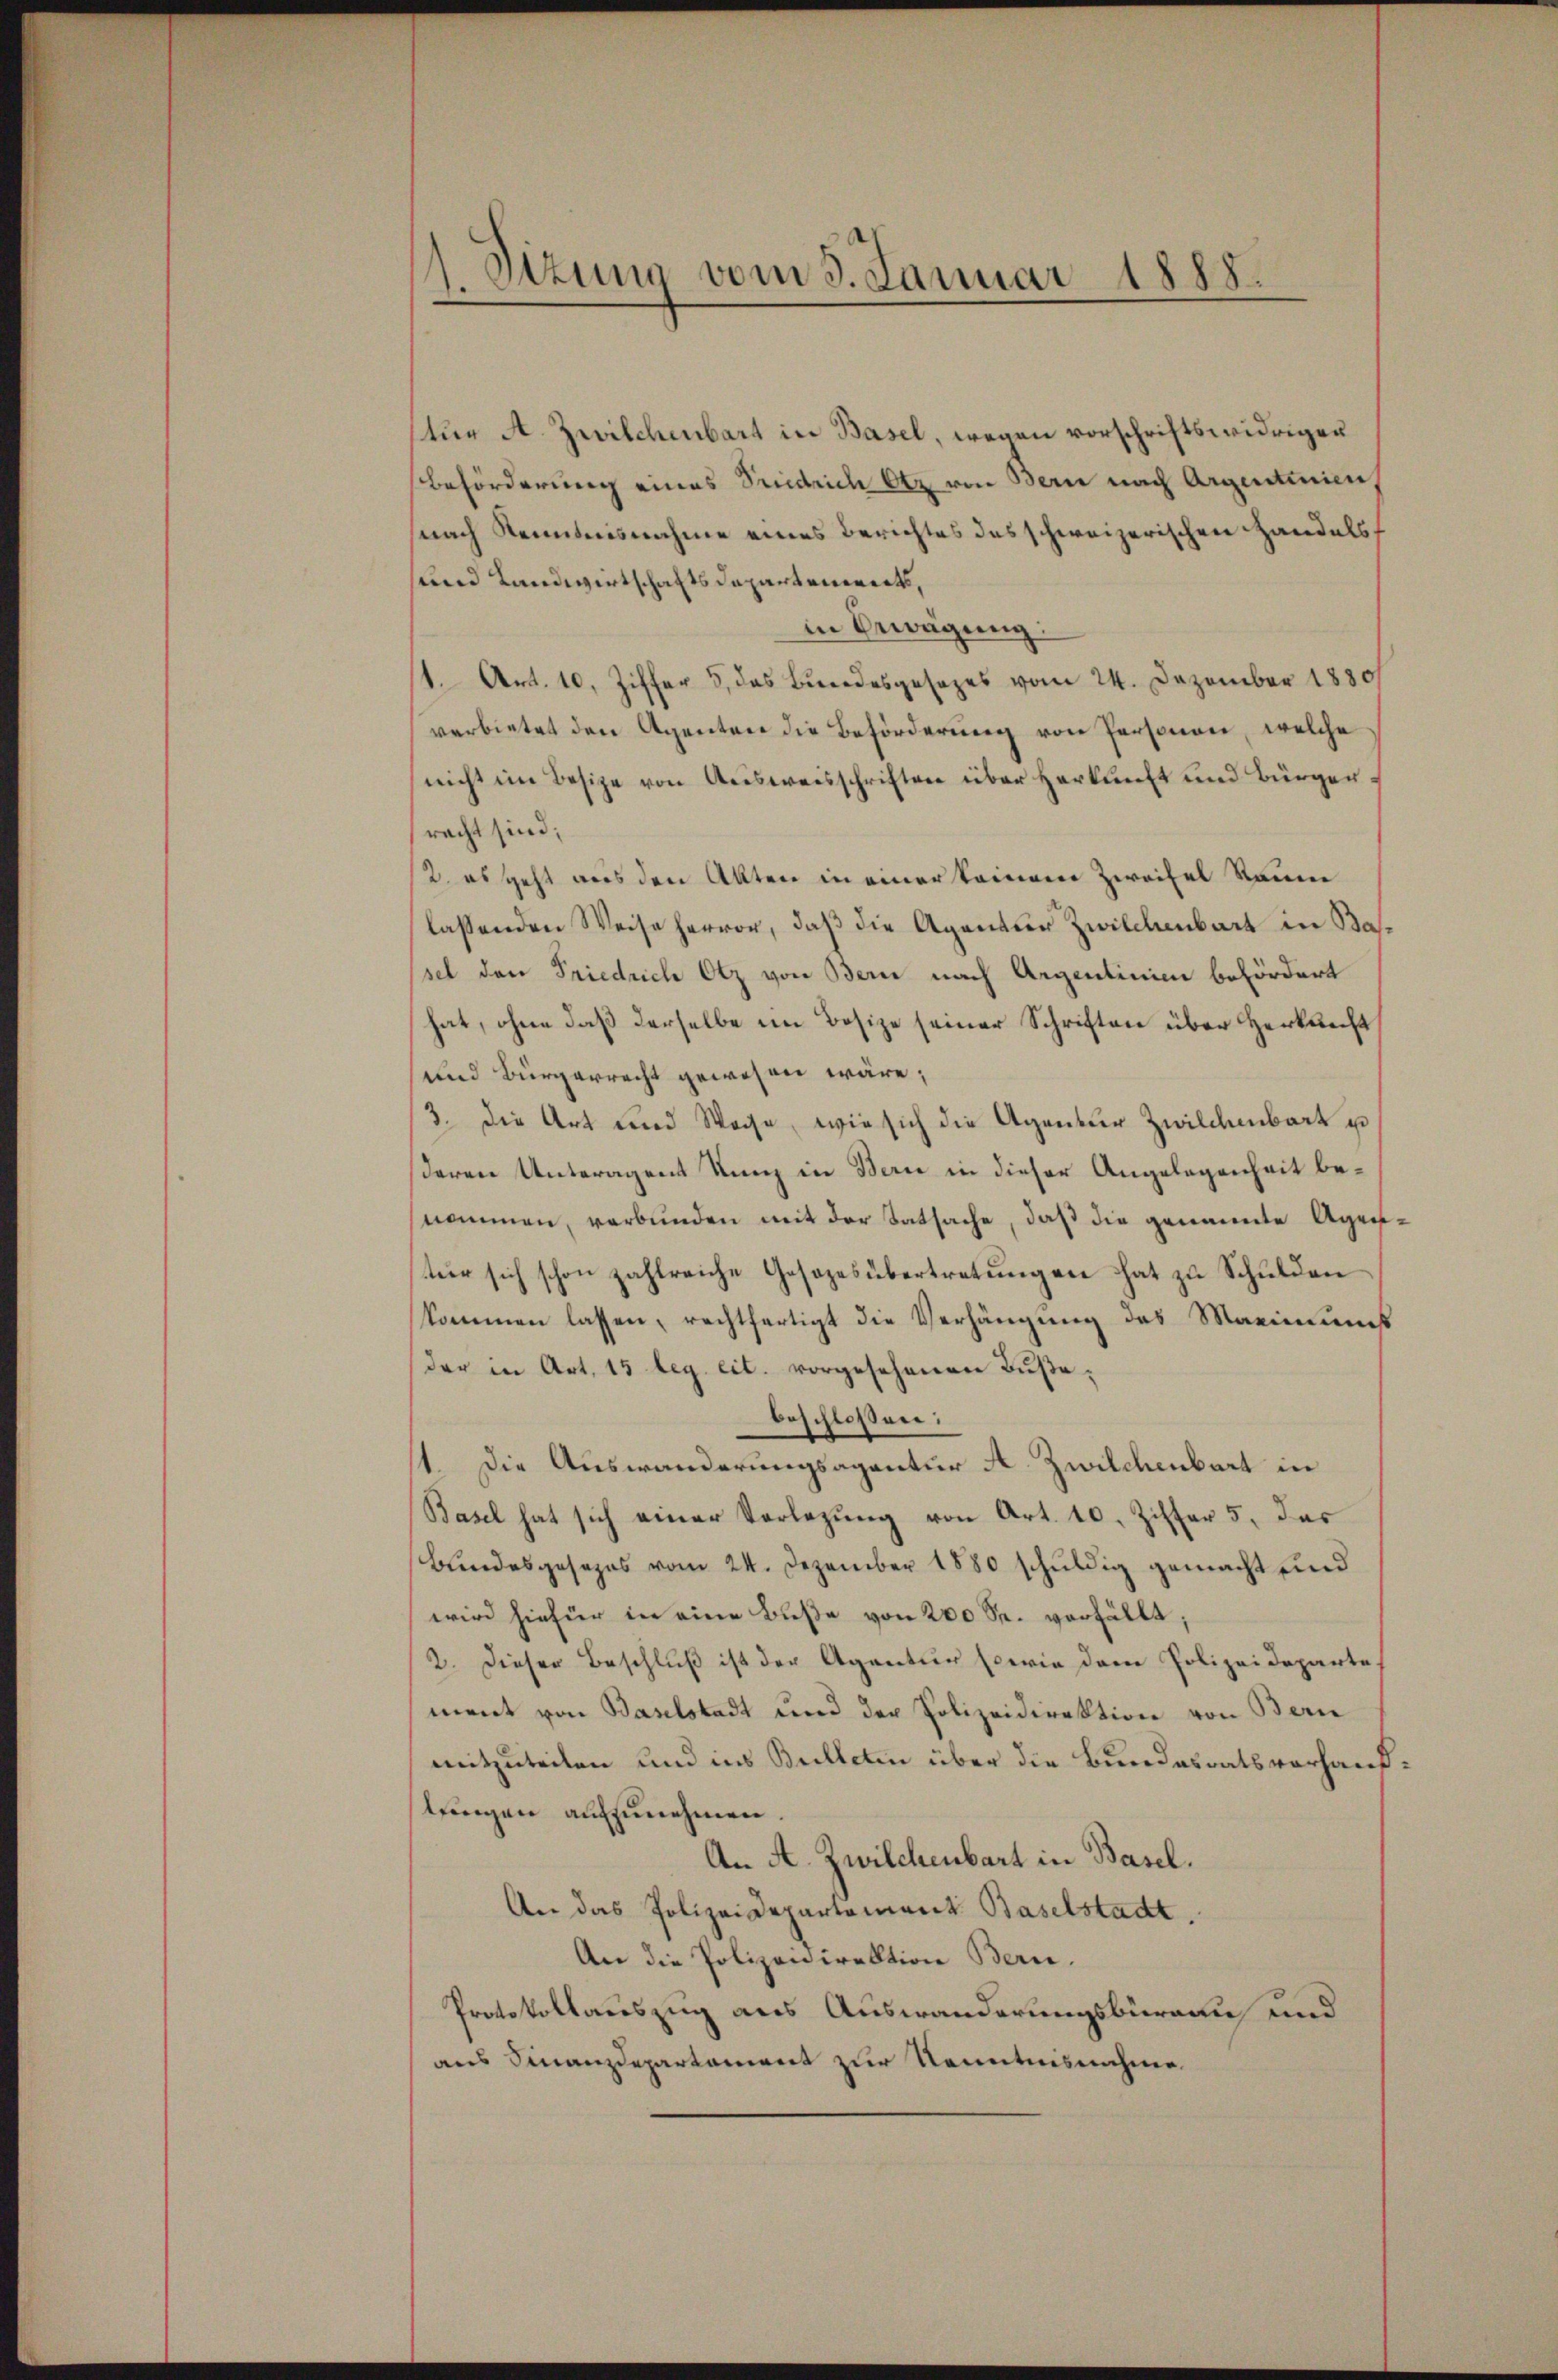
1. Sizung vom 3. Januar 1888.

tür A. Zwilchenbart in Basel, wegen vorschriftswidrigen
Beförderung eines Seiderich Otz von Bern nach Argentinien,
nach Kenntnisnahme eines Berichtes des schweizerischen Handelssund Landwirtschaftsdepartenwerts,
.
in Bewegung
/1. Art. 10. Ziffer 3, das Bundesgesezes vom 24. Dezember 1880
verbietet den Agenten die Beförderung von Personen, welche
nicht im Besize von Reisweisschriften über Herkunft und Bürger,
racht sind;
2. es geht aus den Akten in einer keinern Zweifel Raum
lassenden Weise hervor, daß die Agentier Zwilchenbart in Basel den Friedrich Otz von Bern nach Argentinie befördert
hat, ohne daß derselbe im Besize seiner Schriften über Herknecht
und Bürgerrecht gewesen wäre;
/3. die Art und Weise, wie sich die Agentur Zwilchenbart u
deren Unteragent Kunz in Bern in dieser Angelegenheit benommen, verbunden mit der Tatsache, daß die genannte Agentür sich schon zahlreiche Gesezesübertretungen hat zu Schulden
kommen lassen, rechtfertigt die Verhängung des Marinungs
der in Art. 15 leg. cit. vorgesehenen Bußebeschlossen:
1. Die Auswanderungsagentur A. Zwilchenbart in
Basel hat sich einer Vorlegung von Art. 10. Ziffer 5. das
Bundesgesezes vom 24. Dezember 1880 schuldig gemacht und
wird hiefür in eine Buße von 200 Fr. verfällt;
2. Dieser Beschluß ist der Agentur sowie dem Polizeideparte.
ment von Baselstadt und der Polizeidirektion von Bern
mitzuteilen und ins Bulletin über die Bundesrats vorhandtringen aufzunehmen.
An A. Zwilchenbart in Basel.
An das Polizeidepartement Baselstadt
An die Polizeidirektion Bern.
Protokollauszug aus Auswanderungsbüreau und
aus Finanzdepartament zur Kenntnisnahme